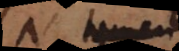
N tamen